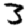
Digit: 3